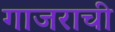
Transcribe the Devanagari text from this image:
गाजराची